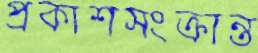
প্রকাশসংক্রান্ত